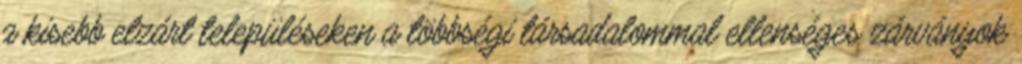
a kisebb elzárt településeken a többségi társadalommal ellenséges zárványok